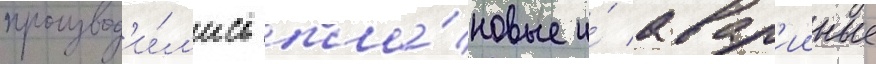
производ'и́л'ись пла́новые и́ авар'ииные